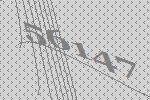
56147